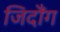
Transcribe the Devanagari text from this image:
जिदौंग